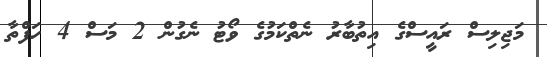
މަޖިލިސް ރައީސްގެ އިތުބާރު ނެތްކަމުގެ ވޯޓު ނެގުން 2 މަސް 4 ހަފްތާ